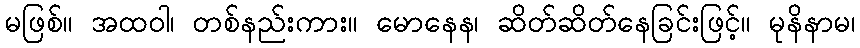
မဖြစ်။ အထဝါ၊ တစ်နည်းကား။ မောနေန၊ ဆိတ်ဆိတ်နေခြင်းဖြင့်။ မုနိနာမ၊